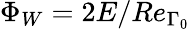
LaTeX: \Phi_{W}=2E/Re_{\Gamma_{0}}